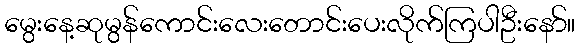
မွေးနေ့ဆုမွန်ကောင်းလေးတောင်းပေးလိုက်ကြပါဦးနော်။